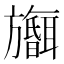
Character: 𪰅